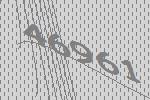
46961